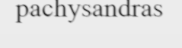
pachysandras